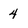
Character: 4